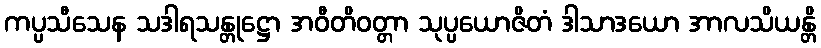
ကပ္ပသီသေန သဒါရသန္တုဋ္ဌော အဝီတိဝတ္တာ သုပ္ပယောဇိတံ ဒါသာဒယော အာလသိယန္တိ